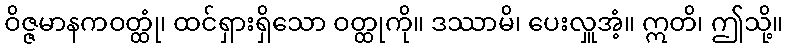
ဝိဇ္ဇမာနကဝတ္ထုံ၊ ထင်ရှားရှိသော ဝတ္ထုကို။ ဒဿာမိ၊ ပေးလှူအံ့။ ဣတိ၊ ဤသို့။